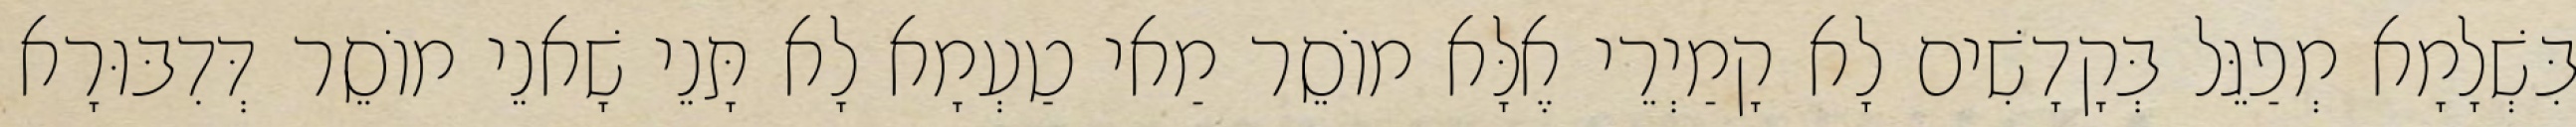
בִּשְׁלָמָא מְפַגֵּל בְּקָדָשִׁים לָא קָמַיְרֵי אֶלָּא מוֹסֵר מַאי טַעְמָא לָא תָּנֵי שָׁאנֵי מוֹסֵר דְּדִבּוּרָא